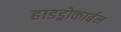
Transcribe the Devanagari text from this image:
हाडड्रोकार्बन